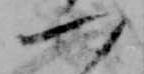
一